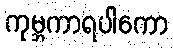
ကုမ္ဘကာရပါကော